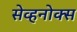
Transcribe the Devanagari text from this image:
सेव्हनोक्स